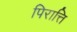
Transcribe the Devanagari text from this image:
पिरात्ति